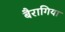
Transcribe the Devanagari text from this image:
बैरागिया